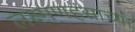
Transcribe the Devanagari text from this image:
लक्ष्मणहंसांच्या